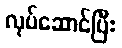
လုပ်ဆောင်ပြီး